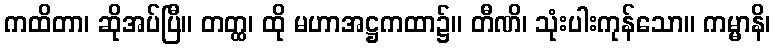
ကထိတာ၊ ဆိုအပ်ပြီ။ တတ္ထ၊ ထို မဟာအဋ္ဌကထာ၌။ တီဏိ၊ သုံးပါးကုန်သော။ ကမ္မာနိ၊